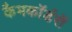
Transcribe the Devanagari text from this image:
कैमकॉर्डरों